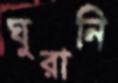
ঘুরানি